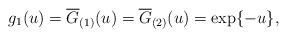
LaTeX: \begin{align*}g_{1}(u)=\overline{G}_{(1)}(u)=\overline{G}_{(2)}(u)=\exp\{-u\},\end{align*}